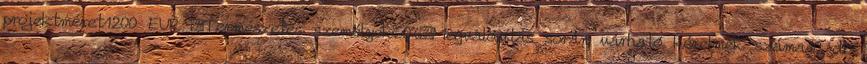
projektméret1200 EUR ▪Természetes személyek60%▪Megvalósítás során várható kérelmek száma10 db